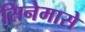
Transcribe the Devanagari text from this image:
सिनेमासे